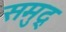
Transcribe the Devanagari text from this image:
समुद्र्